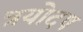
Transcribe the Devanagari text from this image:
त्रयोदष